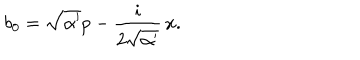
b _ { 0 } = \sqrt { \alpha ^ { \prime } } p - \frac { i } { 2 \sqrt { \alpha ^ { \prime } } } \, x .